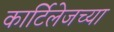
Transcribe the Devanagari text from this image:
कार्टिलेजच्या